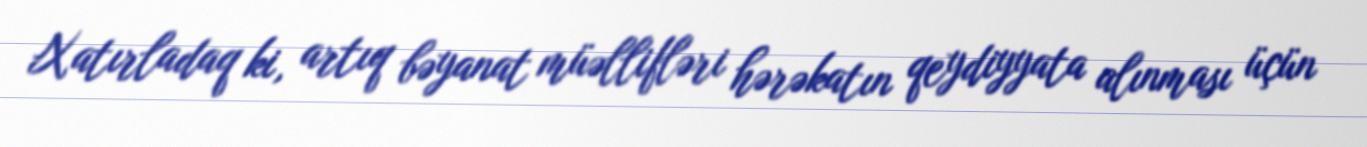
Xatırladaq ki, artıq bəyanat müəllifləri hərəkatın qeydiyyata alınması üçün